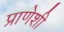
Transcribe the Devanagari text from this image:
प्राणेशी